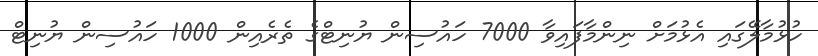
ހުޅުމާލޭގައި އެޅުމަށް ނިންމާފައިވާ 7000 ހައުސިން ޔުނިޓްގެ ތެރެއިން 1000 ހައުސިން ޔުނިޓް